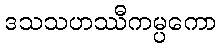
ဒသသဟဿီကမ္ပကော